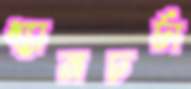
ধ্যানচর্চা